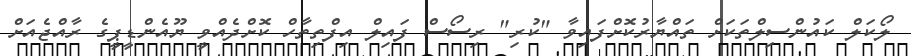
ލޯކަލް ކައުންސިލްތަކަށް ތައްޔާރުކޮށްފައިވާ "ކުރި" ރިސޯސް ފައިލް އިފްތިތާހް ކޮށްދެއްވީ ޔޫއެންޑީޕީގެ ރާއްޖެއަށް